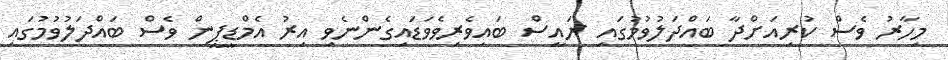
މިހާރު ވެސް ކުރިއަށްދާ ބައްދަލުވުމުގައި ރައީސް ބައިވެރިވެވަޑައިގެންނެވި އިރު އެމްޑީޕީން ވެސް ބައްދަލުވުމުގައި